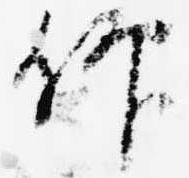
仰